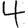
Digit: 4